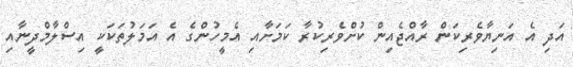
އަދި އެ އަނިޔާވެރިކަން ރާއްޖެއިން ކުށްވެރިކުރާ ކަމަށާއި އެމީހުންގެ އެ އަމަލުތަކަކީ އިސްލާމްދީނާއި